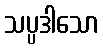
သပ္ပဒါသော